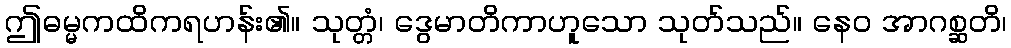
ဤဓမ္မကထိကရဟန်း၏။ သုတ္တံ၊ ဒွေမာတိကာဟူသော သုတ်သည်။ နေဝ အာဂစ္ဆတိ၊